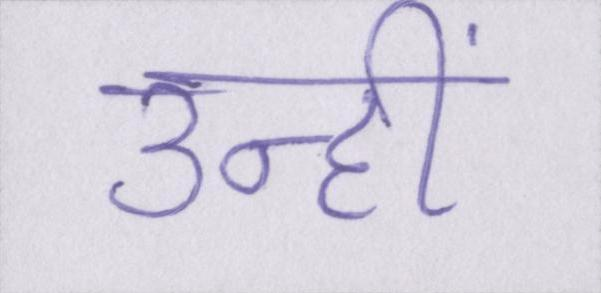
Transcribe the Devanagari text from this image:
उन्हीं